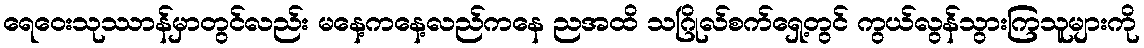
ရေဝေးသုဿာန်မှာတွင်လည်း မနေ့ကနေ့လည်ကနေ ညအထိ သဂြိုလ်စက်ရှေ့တွင် ကွယ်လွန်သွားကြသူများကို